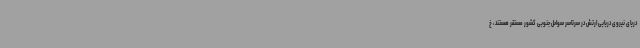
دریای نیروی دریایی ارتش در سرتاسر سواحل جنوبی کشور مستقر هستند، خ